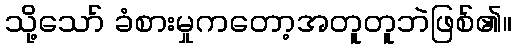
သို့သော် ခံစားမှုကတော့အတူတူဘဲဖြစ်၏။